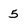
Character: 5